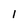
Character: l